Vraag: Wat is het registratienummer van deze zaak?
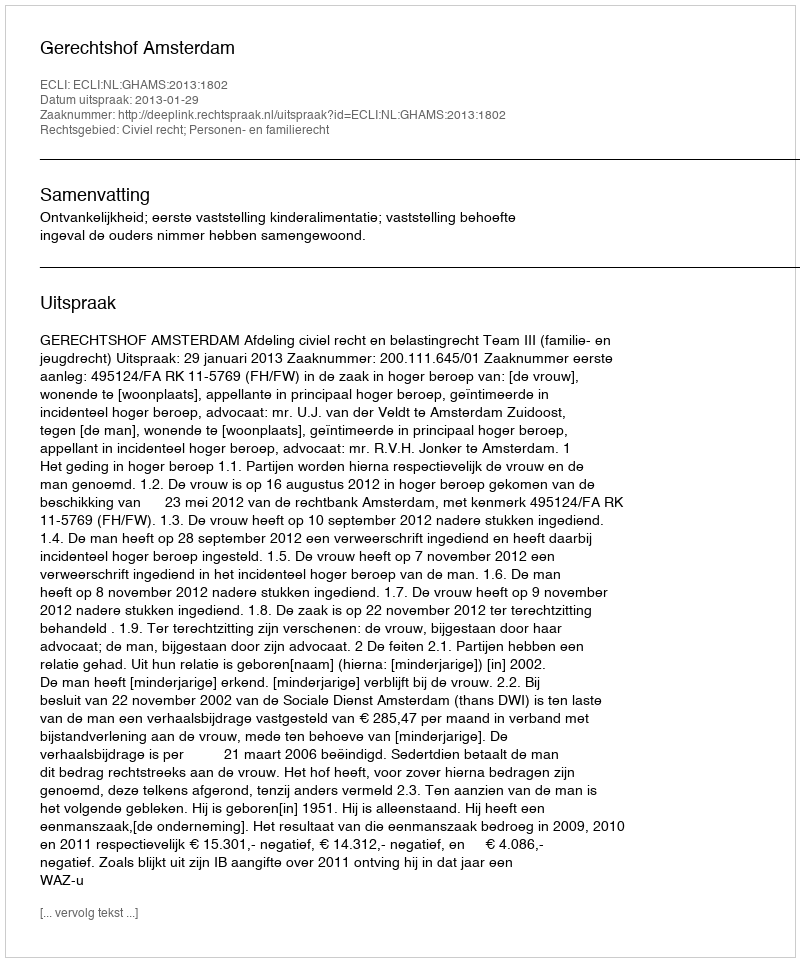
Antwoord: http://deeplink.rechtspraak.nl/uitspraak?id=ECLI:NL:GHAMS:2013:1802